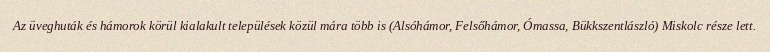
Az üveghuták és hámorok körül kialakult települések közül mára több is (Alsóhámor, Felsőhámor, Ómassa, Bükkszentlászló) Miskolc része lett.